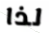
لذا